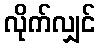
လိုက်လျှင်